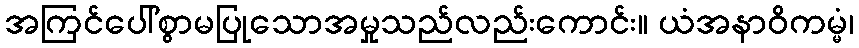
အကြင်ပေါ်စွာမပြုသောအမှုသည်လည်းကောင်း။ ယံအနာဝိကမ္မံ၊